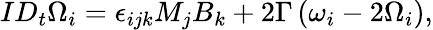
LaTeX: \begin{array}{r}{ID_{t}\Omega_{i}=\epsilon_{ijk}M_{j}B_{k}+2\Gamma\left(\omega_{i}-2\Omega_{i}\right),}\end{array}